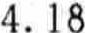
4.18